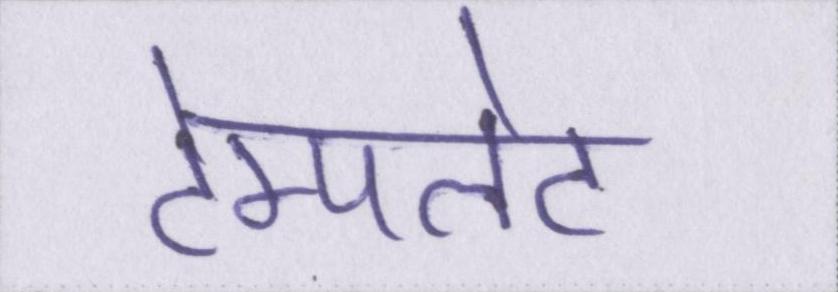
टेम्पलेट